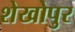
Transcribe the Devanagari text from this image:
शेखोपुर